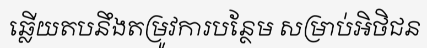
ឆ្លើយតបនឹងតម្រូវការបន្ថែម សម្រាប់អិថិជន